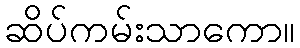
ဆိပ်ကမ်းသာကော။